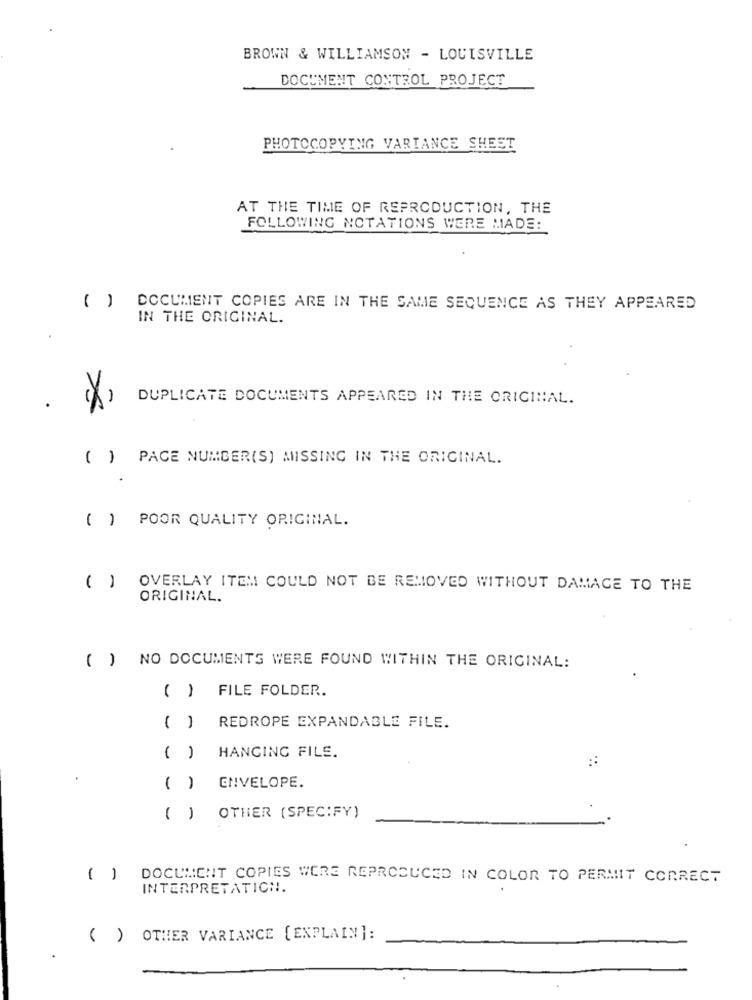
BROWN & WILLIAMSON - LOUISVILLE
DOCUMENT CONTROL PROJECT
PHOTOCOPYING VARIANCE SHEET
AT THE TIME OF REPRODUCTION, THE
FOLLOWING NOTATIONS WERE MADE:
( ) DOCUMENT COPIES ARE IN THE SAME SEQUENCE AS THEY APPEARED
IN THE ORIGINAL.
DUPLICATE DOCUMENTS APPEARED IN THE ORIGINAL.
. X,
( ) PAGE NUMBER(S) MISSING IN THE ORIGINAL.
( ) POOR QUALITY ORIGINAL.
( ) OVERLAY ITEM COULD NOT BE REMOVED WITHOUT DAMAGE TO THE
ORIGINAL.
( ) NO DOCUMENTS WERE FOUND WITHIN THE ORIGINAL:
( ) FILE FOLDER.
( )
REDROPE EXPANDABLE FILE.
( )
HANGING FILE.
::
( )
ENVELOPE.
( )
OTHER (SPECIFY)
( ) DOCUMENT COPIES WERE REPRODUCED IN COLOR TO PERMIT CORRECT
INTERPRETATICH.
( ) OTHER VARIANCE [EXPLAIN]: